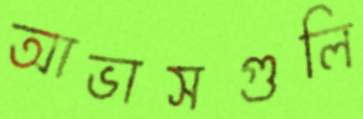
আভাসগুলি